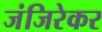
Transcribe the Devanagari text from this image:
जंजिरेकर